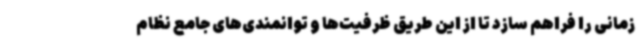
زمانی را فراهم سازد تا از این طریق ظرفیت‌ها و توانمندی‌های جامع نظام